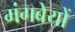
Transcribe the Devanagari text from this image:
मंगबेयों